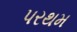
પરથમ